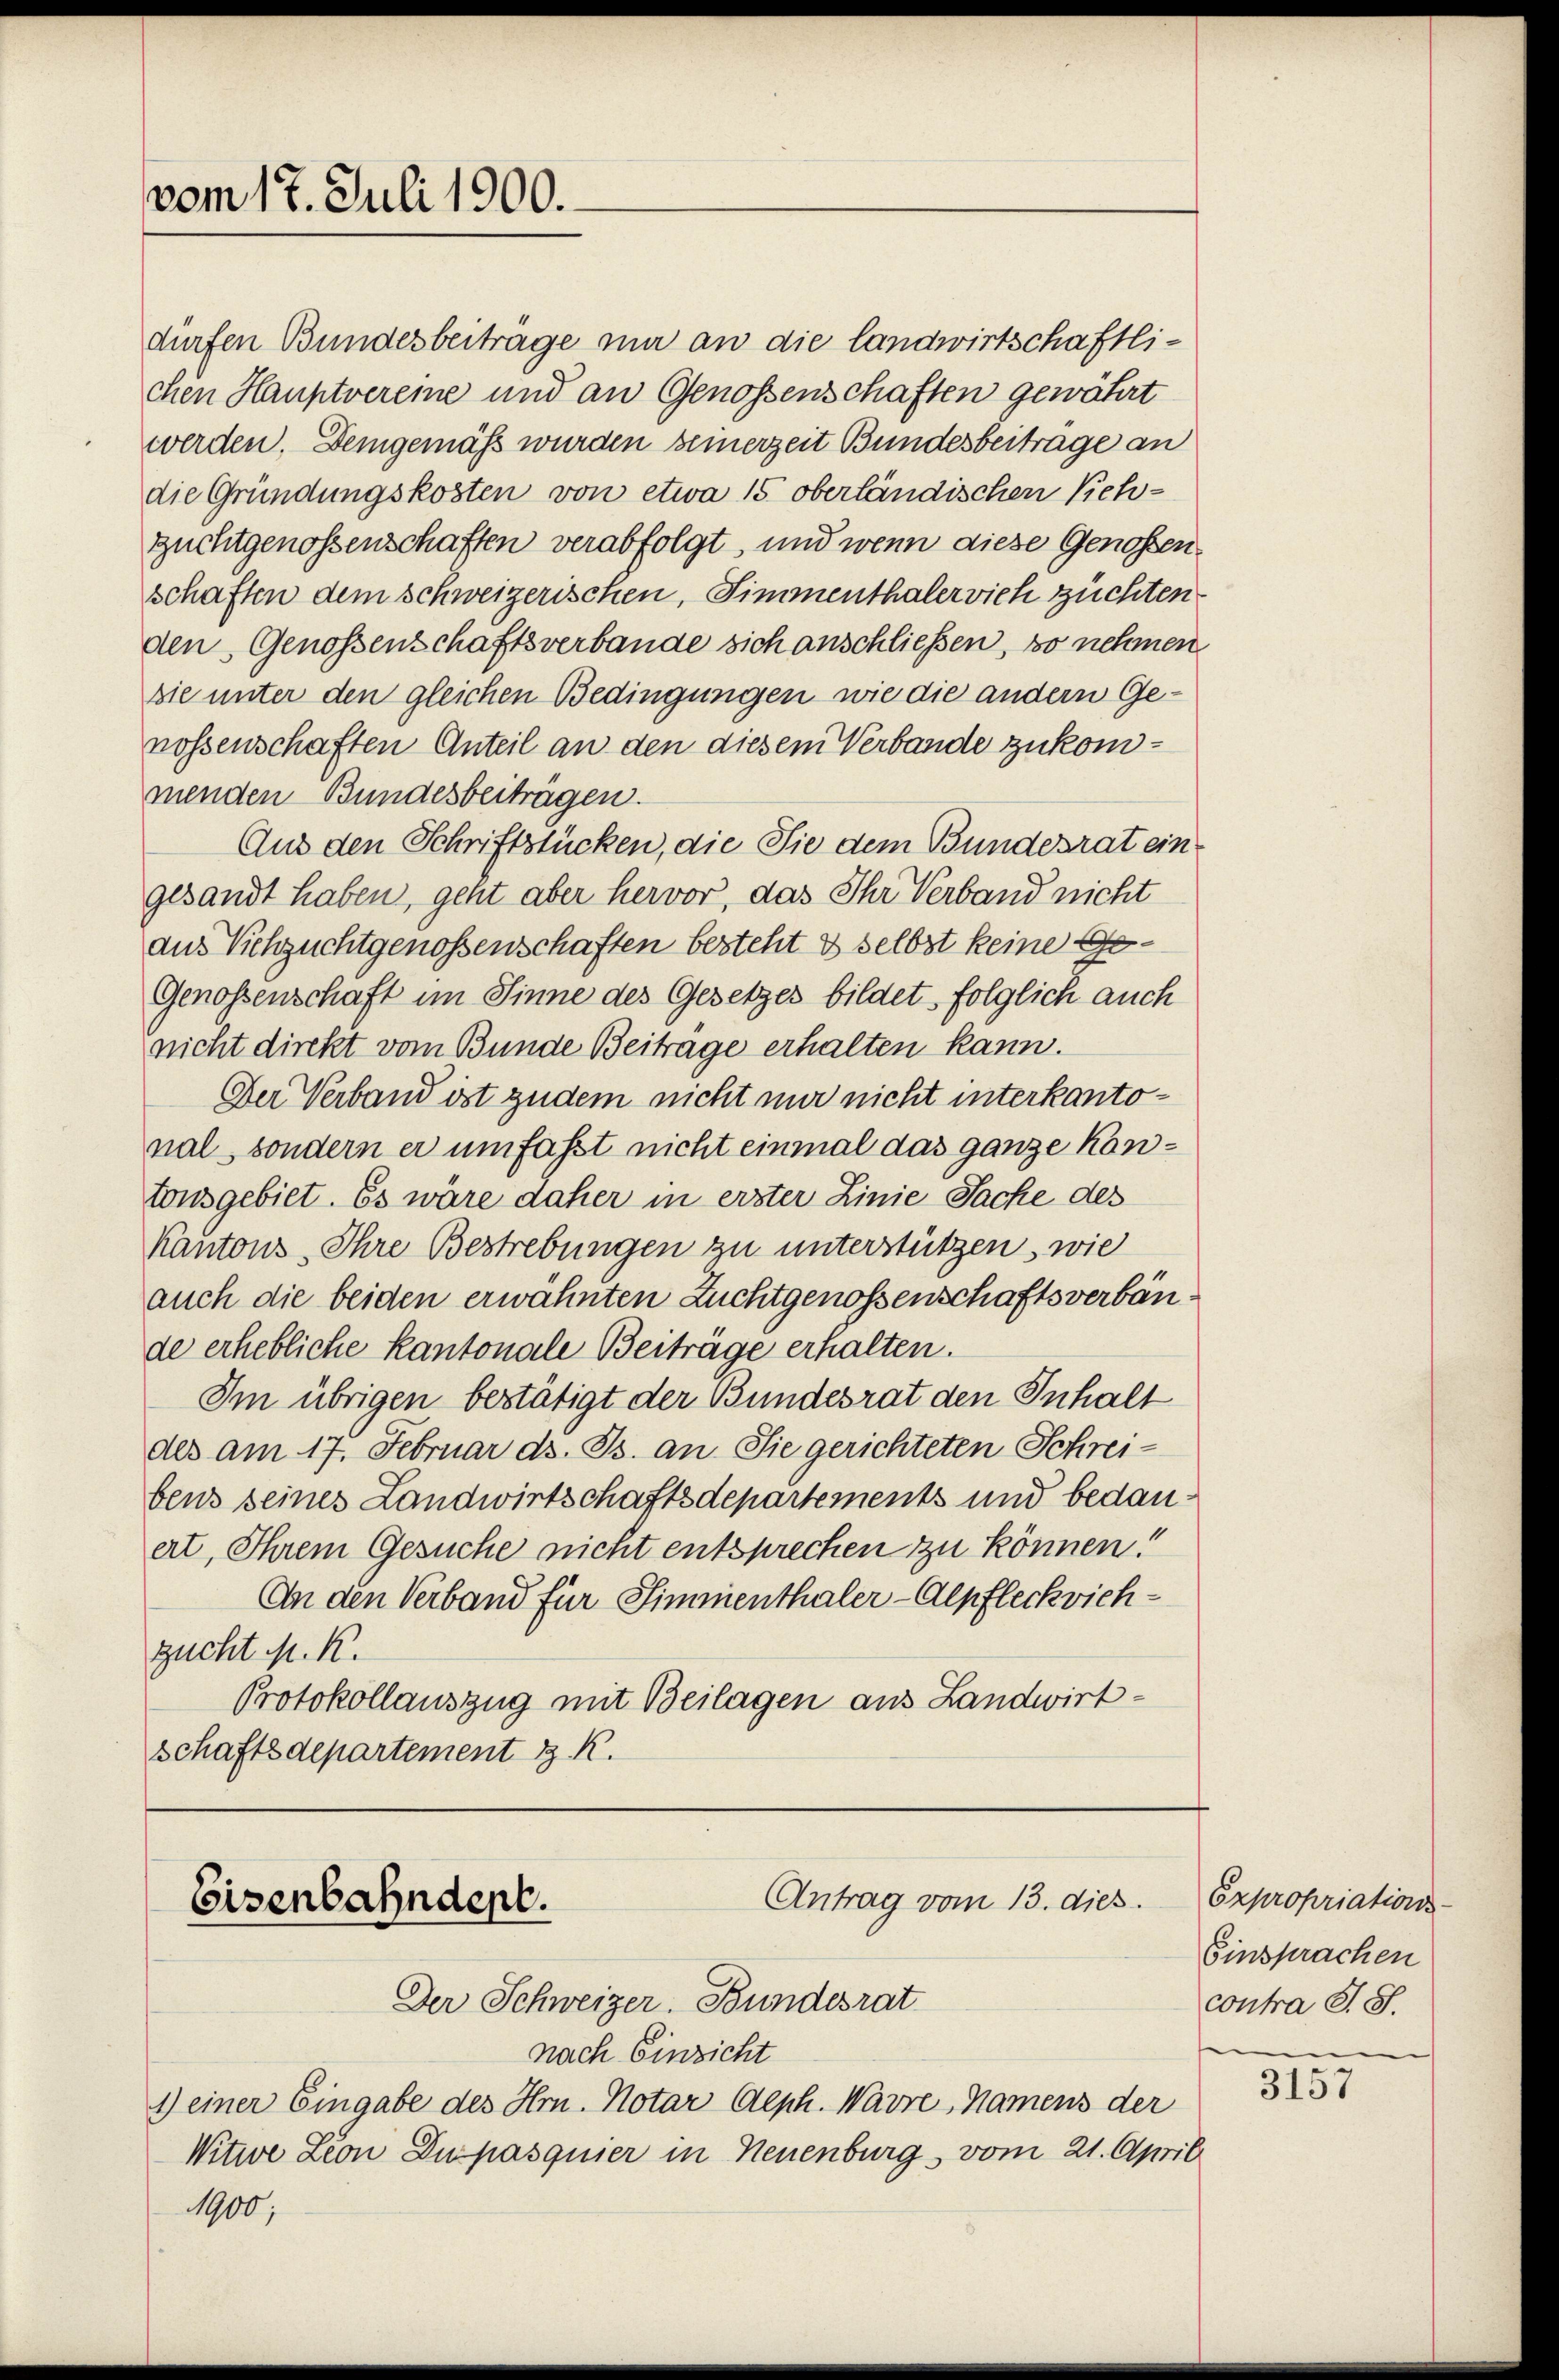
vom 17. Juli 1900.

dürfen Bundesbeiträge um an die landwirtschaftlichen Hauptvereine und an Genossenschaften gewährt
werden. Demgemäß wurden seinerzeit Bundesbeitrage an
die Gründungskosten von etwa 15. oberländischen Vieh-
Zuchtgenossenschaften verabfolgt, und wenn diese Genossenschaften dem schweizerischen, Simmenthaler vieh züchten
den Genossenschaftsverbande sich anschliessen, so nehmen
sie unter den gleichen Bedingungen wie die andern Genossenschaften Anteil an den diesem Verbande zukommenden Bundesbeiträgen.
Aus den Schriftstücken, die Sie dem Bundesrat eingesandt haben, geht aber hervor, das Ihr Verband nicht
aus Vichzuchtgenossenschaften besteht & selbst keine Ge¬
Genossenschaft im Sinne des Gesetzes bildet, folglich auch
nicht direkt vom Bunde Beitrage erhalten kann.
Der Verband ist zudem nicht mir nicht interkantonal, sondern er umfasst nicht einmal das ganze Kontonsgebiet. Es wäre daher in erster Linie Sache des
Kantons Ihre Bestrebungen zu unterstützen, wie
auch die beiden erwähnten Zuchtgenossenschaftsverbände erhebliche Kantonale Beiträge erhalten.
Im übrigen bestätigt der Bundesrat den Inhalt
des am 17. Februar ds. Js. an Sie gerichteten Schreibens seines Landwirtschaftsdepartements und bedauert, Ihrem Gesuche nicht entsprechen zu können!
An den Verband für Simmenthaler-Alpfleckvichzucht M. K.
Protokollauszug mit Beilagen aus Landwirtschaftsdepartement z. K.

Antrag vom 13. dies
Eisenbahndept.

Der Schweizer. Bundesrat
nach Einsicht
1) einer Eingabe des Hrn. Notar Aeph. Warre Namens der
Witwe Leon Dupasquier in Neuenburg, vom 21. April
1900;

Expropriations-
Einsprachen
contra S. S.
.

3157